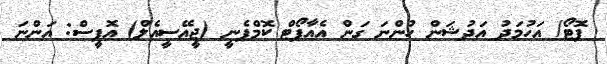
ފޮޓޯ/ އަހުމަދު އަދުޝަން ހުންނަ ގަން އެއާޕޯޓް ކޮމްޕެނީ (ޖީއޭސީއެލް) އޮފީސް: އަންނަ